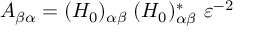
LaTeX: A _ { \beta \alpha } = ( { \cal H } _ { 0 } ) _ { \alpha \beta } \; ( { \cal H } _ { 0 } ) _ { \alpha \beta } ^ { * } ~ \varepsilon ^ { - 2 }